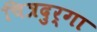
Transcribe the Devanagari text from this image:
चित्रदुर्गा